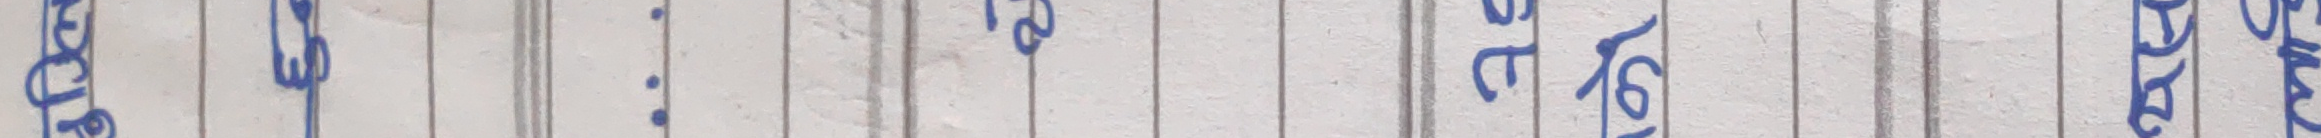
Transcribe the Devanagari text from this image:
१०
१२
१३
१६
२८